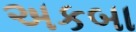
અકબા